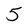
Character: 5